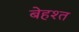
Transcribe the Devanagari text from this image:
बेहश्त